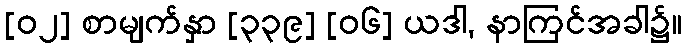
[၀၂] စာမျက်နှာ [၃၃၉] [၀၆] ယဒါ, နာကြင်အခါ၌။